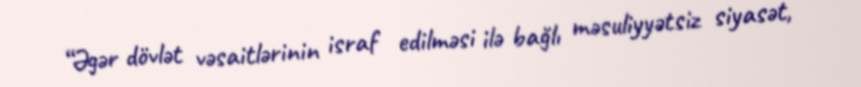
“Əgər dövlət vəsaitlərinin israf edilməsi ilə bağlı məsuliyyətsiz siyasət,